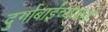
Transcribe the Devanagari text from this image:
दुर्गाबाईंच्याकडे